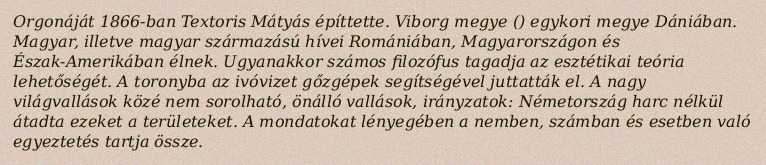
Orgonáját 1866-ban Textoris Mátyás építtette. Viborg megye () egykori megye Dániában. Magyar, illetve magyar származású hívei Romániában, Magyarországon és Észak-Amerikában élnek. Ugyanakkor számos filozófus tagadja az esztétikai teória lehetőségét. A toronyba az ivóvizet gőzgépek segítségével juttatták el. A nagy világvallások közé nem sorolható, önálló vallások, irányzatok: Németország harc nélkül átadta ezeket a területeket. A mondatokat lényegében a nemben, számban és esetben való egyeztetés tartja össze.